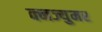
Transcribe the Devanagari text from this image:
क्नज्युमर